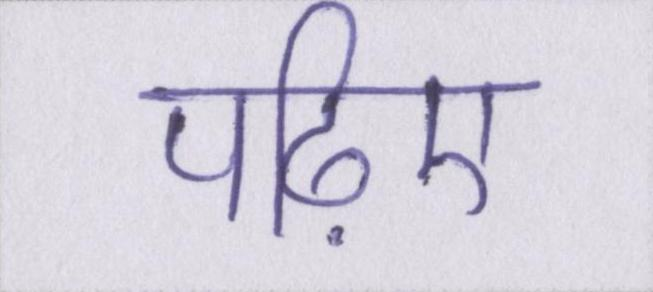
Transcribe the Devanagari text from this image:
पढ़िए